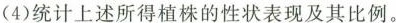
(4)统计上述所得植株的性状表现及其比例。